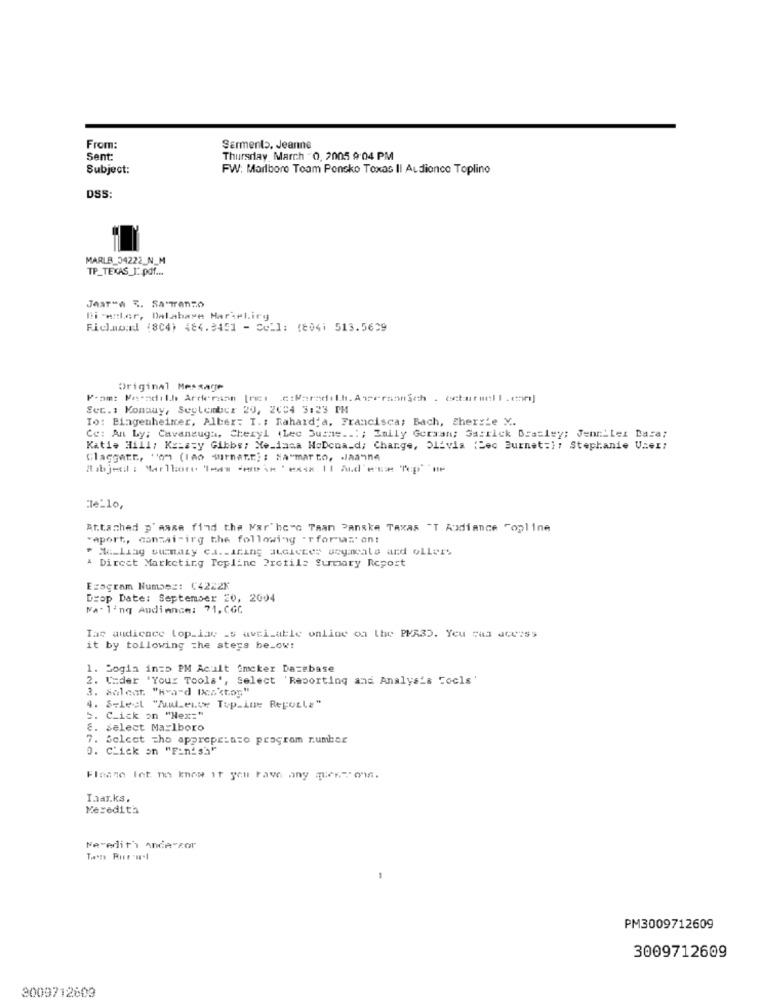
From:
Sarmento, Jeanne
Sent:
Thursday, March -0, 2005 9:04 PM
Subject:
FW: Marlboro Toam Ponsko Toxas Il Audionce Toplino
DSS:
MARLB_34222_N_M
TP_TEXAS_I :. pdf ...
Di -enter, Dalabase Marielirg
Richmond (804) 484.3451 - Cell: (8041 513.5629
Original Message
From: Feesdilh Arderann [ret .c:Maradilh. Amersonich . ccbutwell.en]
Sec .: Konauy, Seylember 29, 2004 3:23 PM
To: Bingenheiner, Alber: T .: Rahard'a, Francisca; Bach, Shersie X.
Ce: An Ly; Cavanaugh, Cheryl (Lee Surms ...; Zally Getxan; Garrick Drasley: Jennilet Dara;
Katie Hill: Kristy Gibbs: Xe-dasa MoDena_d; Change, Olivia (Dec Burnet:]: Stephanie User:
Claesatt, "o" (186 muratE; : "A"mar to, . Jaanne
Attached D'ange find the Mar'hero Taan Panske Taxas "T Audiance Topline
"aport, consai-irg the following - rfors' an!
Me-Liag sumazy ca. - iring atdieces segmeals and ollers
A Direct Marketing Topline Protile Summary Report
Ezagram Humbez: (4222F
Drop Date: September 20, 2004
NA.ling Audience: 71, CGC
Tar audience top_iae _s avel_able online on the PMASD. Yeu saa deusss
it by tollowing the sters be_ow!
1. Sogin in=5 PM Acult Gmcker Dazebase
2. Under 'Your Tools', Select 'Reporting and Analysis Tools'
3. Solent. "hva"d Beaktor"
4. Select "MulLenve Top_Lue Reporla"
5. Click on "Nex="
2. select Marlboro
7. Select zho apprepe:azo program rumber
O. Click on "Finish"
Finane Int no know if you have any quer. conn.
Thanks.
Meredith
Meredith Ande cor
PM3009712609
3009712609
3009712603